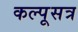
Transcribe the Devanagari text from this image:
कल्पूसत्र